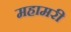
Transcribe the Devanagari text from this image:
महामरी